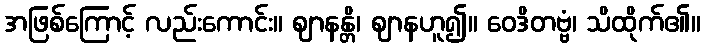
အဖြစ်ကြောင့် လည်းကောင်း။ ဈာနန္တိ၊ ဈာနဟူ၍။ ဝေဒိတဗ္ဗံ၊ သိထိုက်၏။